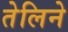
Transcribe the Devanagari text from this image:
तेलिने